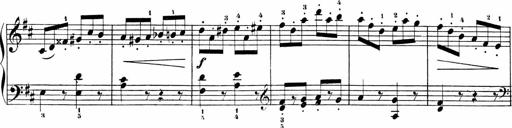
Title: Sonatinen Op.47, 98 und 136, nebst 6 Liedersonatinen
Composer: Carl Reinecke